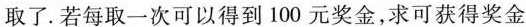
取了 . 若每取一次可以得到100元奖金，求可获得奖金